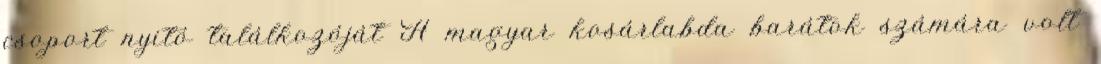
csoport nyitó találkozóját A magyar kosárlabda barátok számára volt